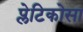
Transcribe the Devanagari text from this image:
प्लेटिकोसा